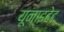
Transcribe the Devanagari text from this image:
यूनाइटेट